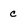
Character: c